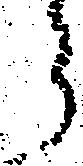
う